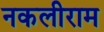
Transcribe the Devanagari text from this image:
नकलीराम